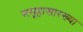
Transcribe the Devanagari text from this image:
समूहासारख्या